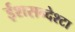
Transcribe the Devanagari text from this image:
ईशसन्देश्टा